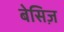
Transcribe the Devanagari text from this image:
बेसिज़